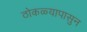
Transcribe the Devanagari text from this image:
ठोकळ्यापासुन